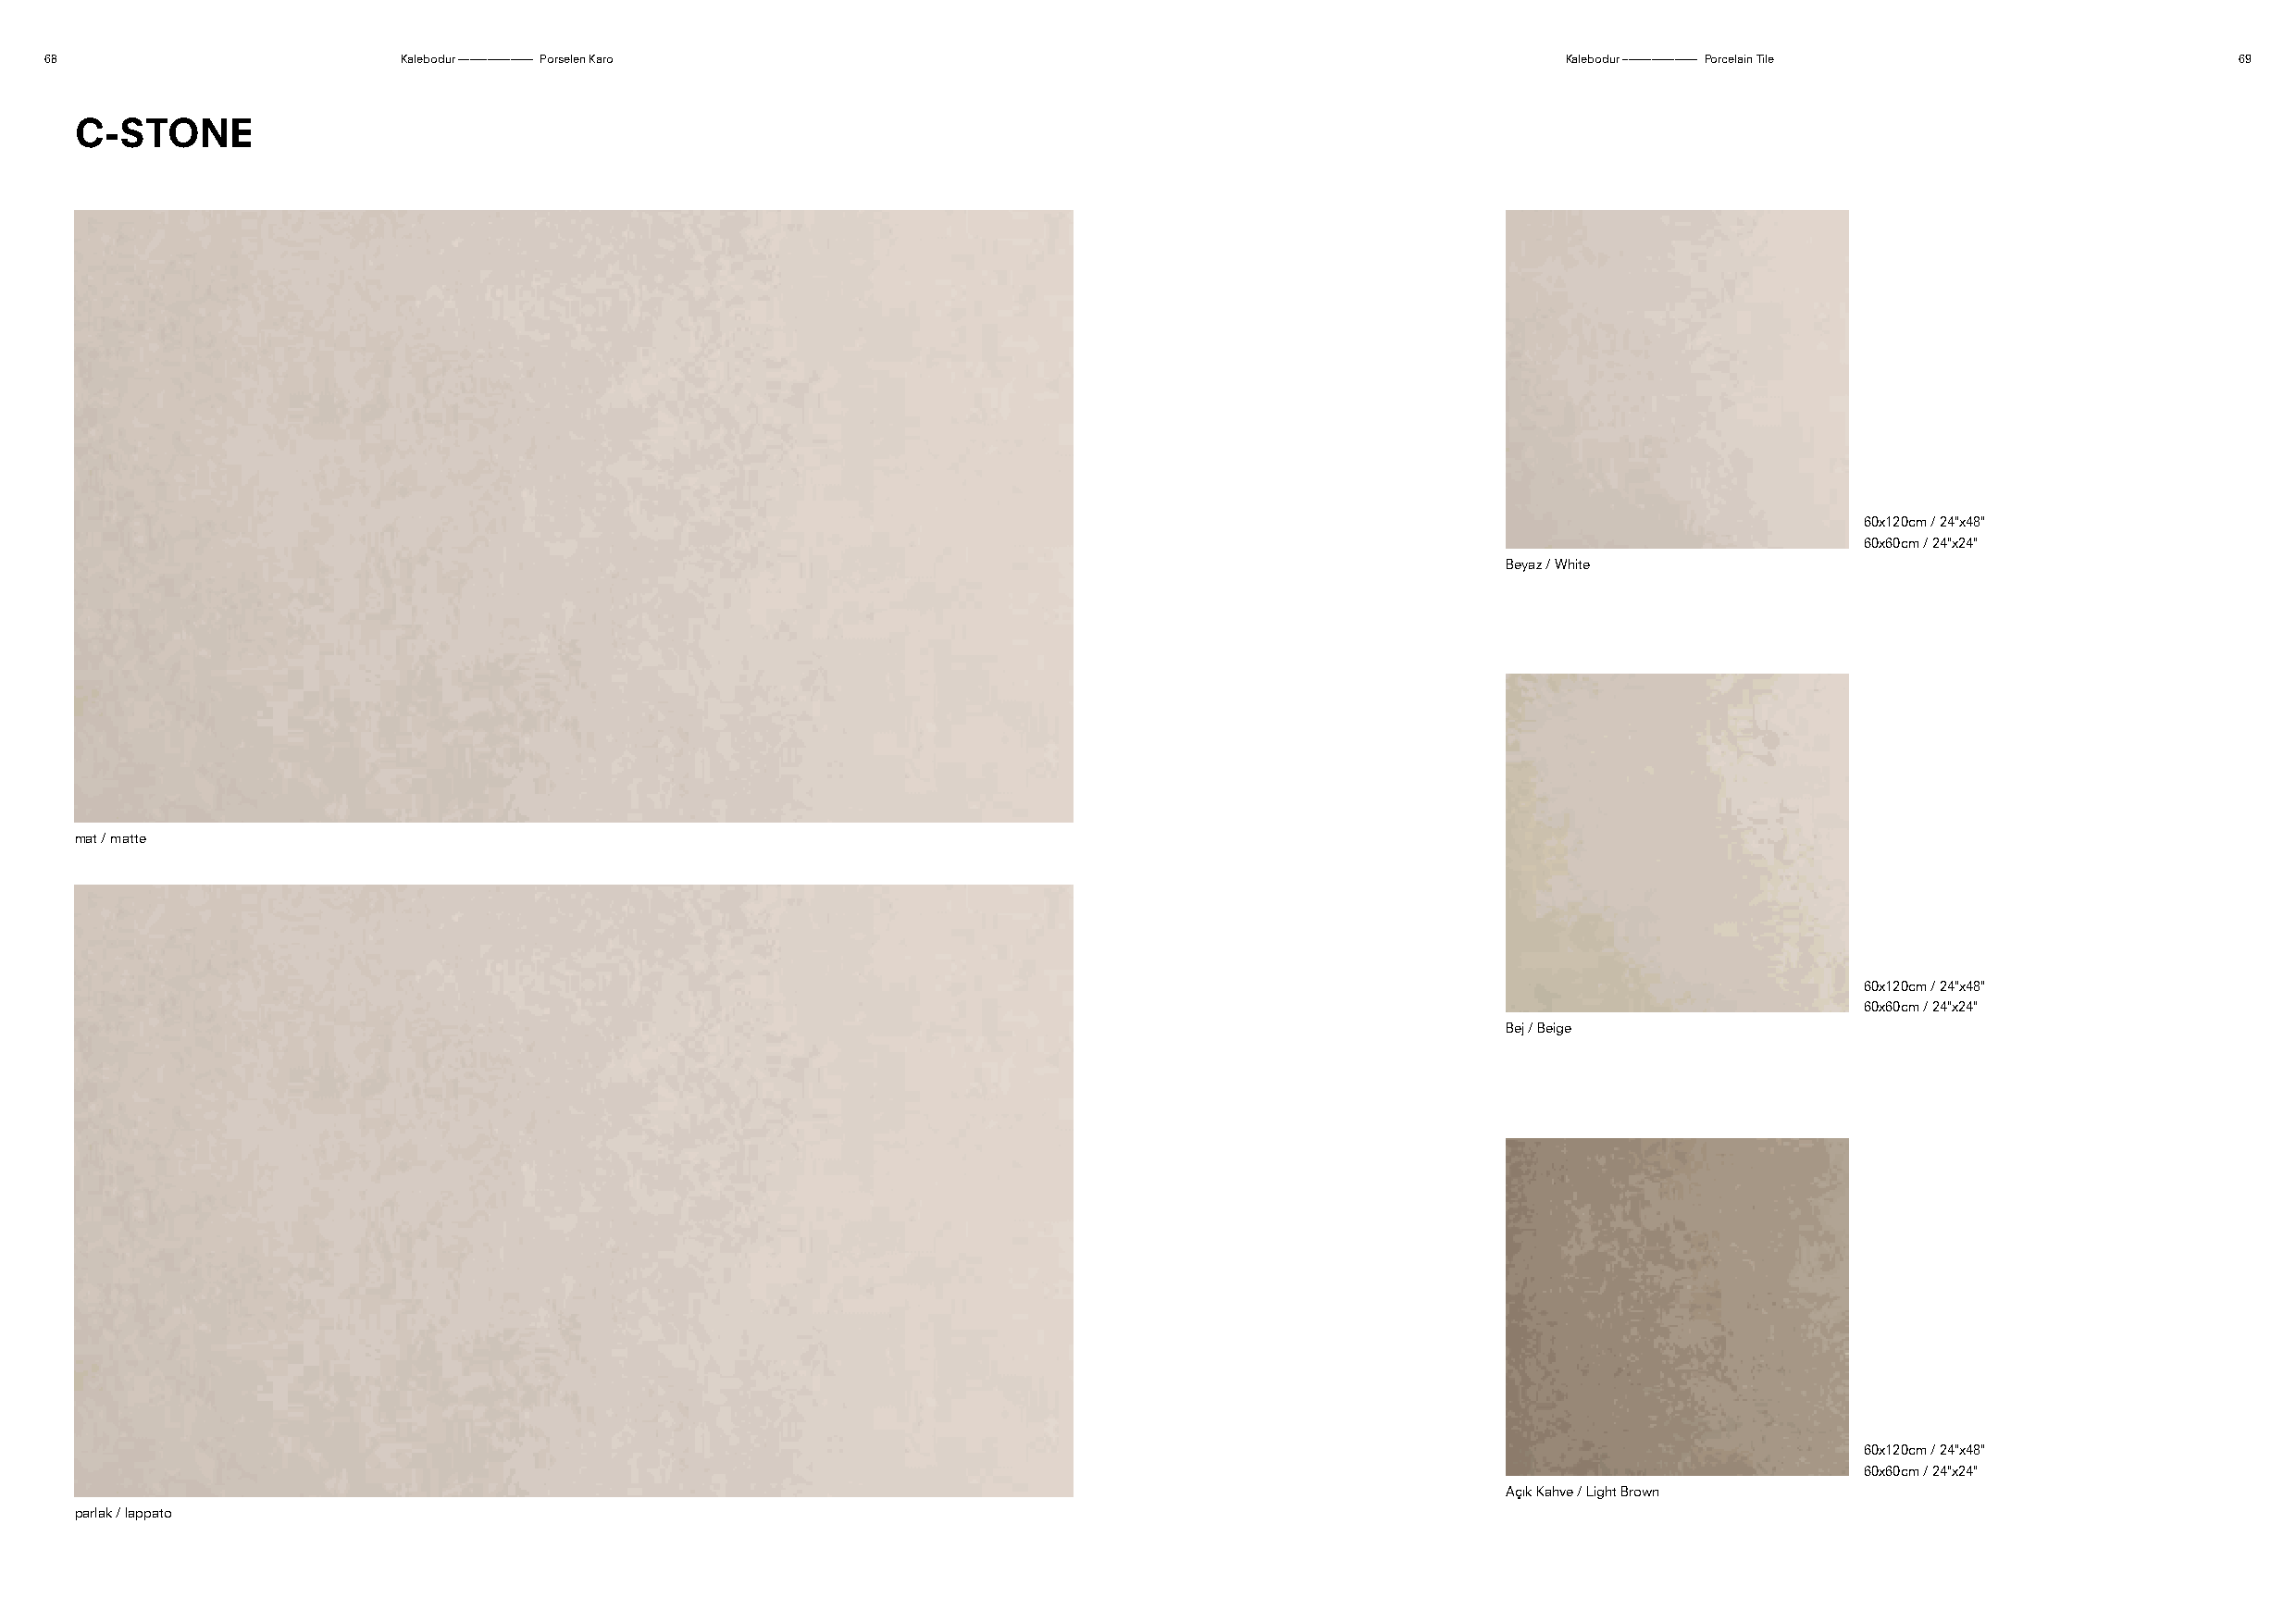
68                        Kalebodur ––––––––––––– Porselen Karo                                              Kalebodur ––––––––––––– Porcelain Tile          69
 C-STONE
 60x120cm / 24"x48"
 60x60cm / 24"x24"
 Beyaz / White
 mat / matte
 60x120cm / 24"x48"
 60x60cm / 24"x24"
 Bej / Beige
 60x120cm / 24"x48"
 60x60cm / 24"x24"
 Açık Kahve / Light Brown
 parlak / lappato